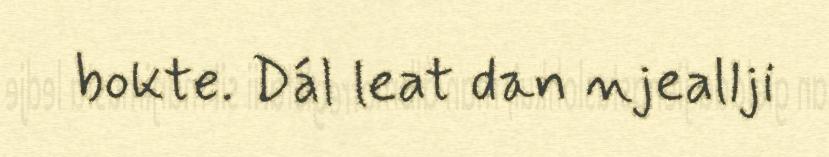
bokte. Dál leat dan njeallji